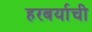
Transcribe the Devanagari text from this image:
हरबर्याची